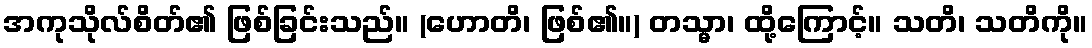
အကုသိုလ်စိတ်၏ ဖြစ်ခြင်းသည်။ (ဟောတိ၊ ဖြစ်၏။) တသ္မာ၊ ထို့ကြောင့်။ သတိ၊ သတိကို။